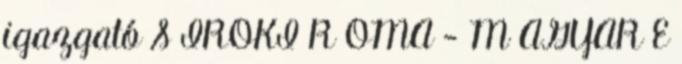
igazgató S IROKI R OMA - M AGYAR E